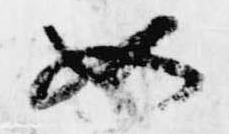
如